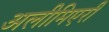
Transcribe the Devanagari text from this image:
अलीमिएरी